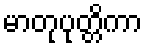
မာတုပုတ္တိကာ